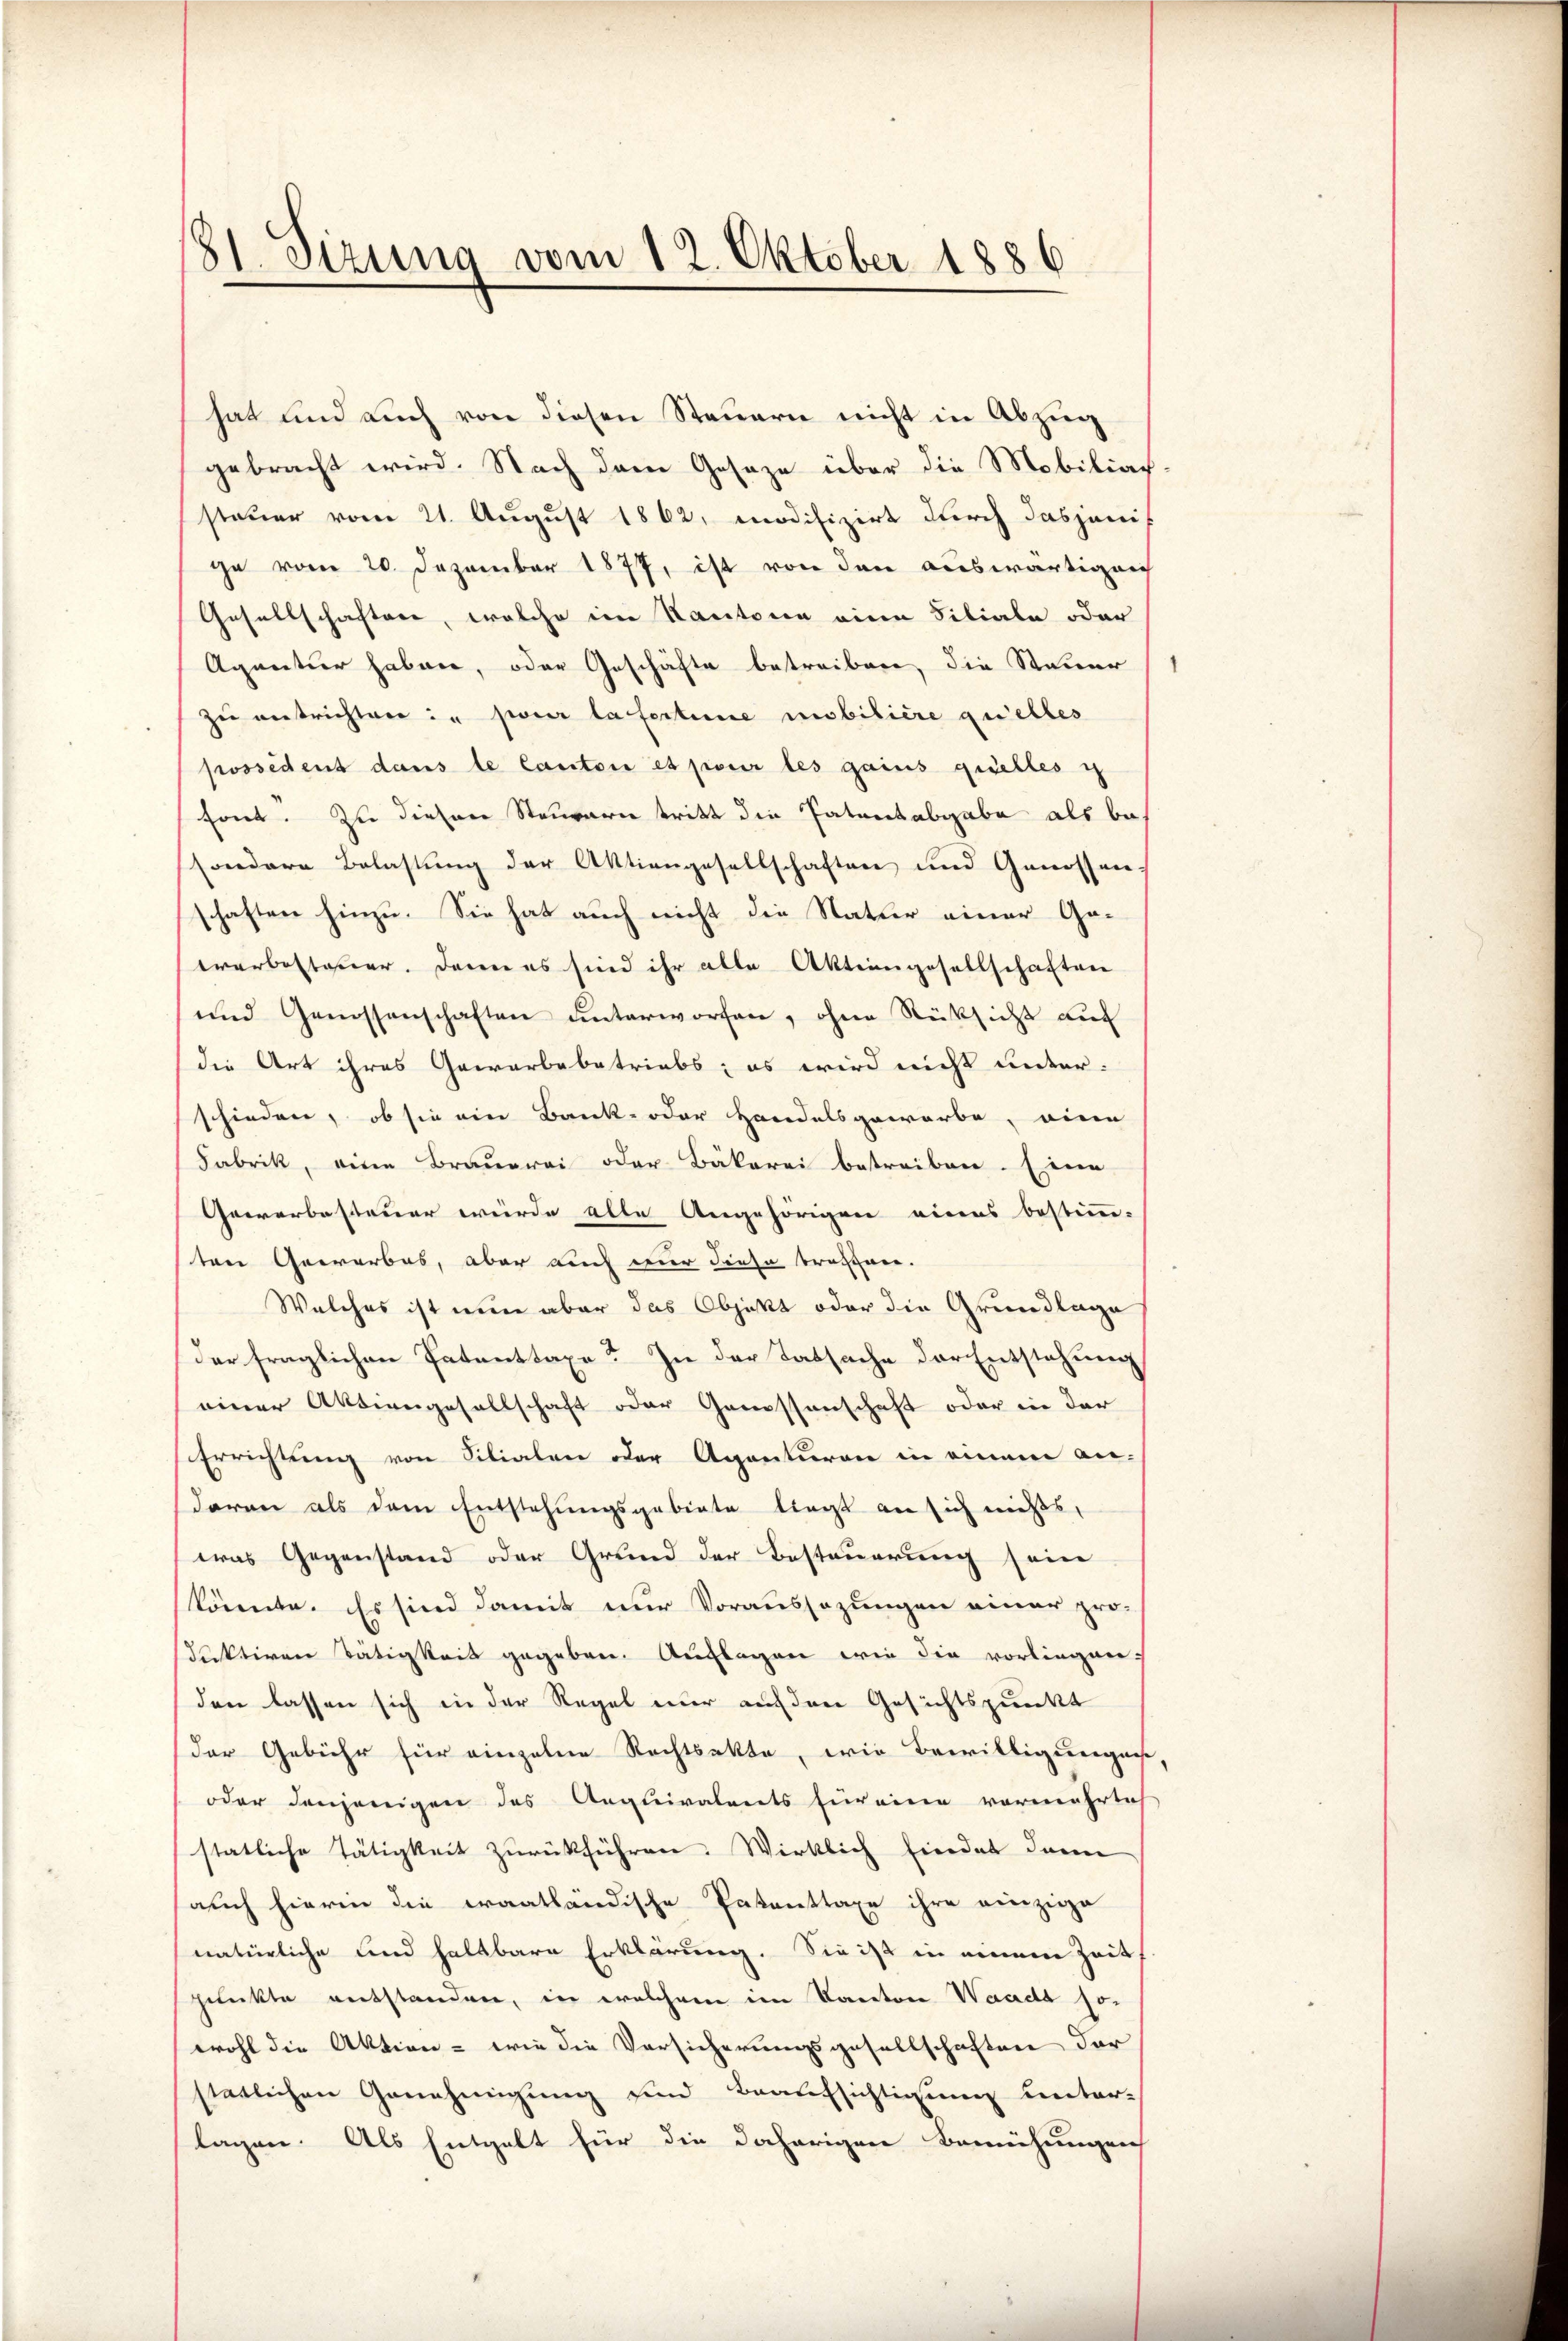
81. Sizung vom 12. Oktober 1886

hat und auch von diesen Steuern nicht in Abzug
gebracht wird. Nach dem Gesage über die Mobiliach
steuer vom 21. August 1862, modifizirt durch dasjenis
ge vom 20. Dezember 1877, ist von den auswärtigun
Gesellschaftere, welche im Kantonen eine Filiale oder
Aquartier haben, oder Geschäfte betreiben, die Steuer
zu entrichten in pour la fertine mobilière quelles
possident dans le Canton es pour les gains quelles is
font. Zu diesen Steuern tritt die Patentabgabe als besondere Belastung der Aktiengesellschaften und Genossen.
schaften hinzu. Sie hat auch nicht die Natur einer Geerarbesteuer. Denn es sind ihr alle Aktiengesellschaften
und Genossenschaften unterworfen, ohne Rücksicht auc
die Art ihres Gewarbebatriabs; es wird nicht unter-
schieden, ob sie ein Bank- oder Handelsgewarbe, eine
Fabrik, eine Brauerei oder Bäkerei betreiben. Eine
Gewerbesteuer wurde alle Angehörigen eines bestimm-
ten Gewerbes, aber auch nur diese brachnee.
Welches ist nun aber das Objekt oder die Grundlage
der fraglichen Patenttaxe? In der Tatsache der Entstehung
einer Aktiengesellschaft oder Genossenschaft oder in der
Errichtung von Silialen oder Agenturen in einem an-
daran als dem Entstehungsgebiete liegt an sich nichts,
was Gegenstand oder Grund der Besteuerung seine
könnte. Es sind damit nur Voraussazungen einer pro-
sdaktiven Tätigkeit gegeben. Auflagen wie die vorliegen,
den lassen sich in der Regel nur auf den Gesichtspunkt
der Gebühr für einzelne Rechtsakte, wie Bewilligungen
oder denjenigen des Aequivalents für eine vermehrlich
stätliche Tätigkeit zurückführen. Wirklich findet dann
auch hierin die Fraatländische Patenttaxe ihre einzige
natürliche und haltbare Erklärung. Sie ist in einem Zeit
punkte entstanden, in welchem im Kanton Waadt sowohl die Aktion - wie die Versicherungsgesellschaften der
stätlichen Genehmigung sind Beaufsichtigung unter-
lagen. Als Entgelt für die daherigen Bemühungen